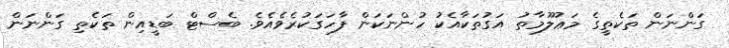
ގަންނަން ތަކެތީގެ މަޢުލޫމާތު އަގުތަކާއެކު ހުންނަކަން ފާހަގަކުރެވެއެވެ. ބެސްޓް ބަޑީއިން ތަކެތި ގަންނަން